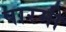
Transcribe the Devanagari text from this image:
पारमी